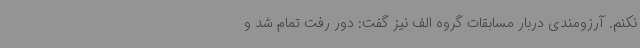
نکنم. آرزومندی دربار مسابقات گروه الف نیز گفت: دور رفت تمام شد و